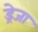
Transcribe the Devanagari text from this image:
ड्रेजा